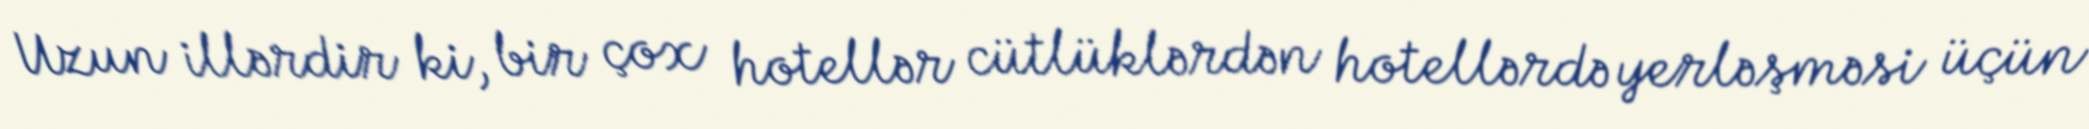
Uzun illərdir ki, bir çox hotellər cütlüklərdən hotellərdə yerləşməsi üçün